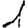
Digit: 1